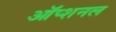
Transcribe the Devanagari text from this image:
ऑप्शनल